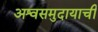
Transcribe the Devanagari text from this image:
अश्वसमुदायाची